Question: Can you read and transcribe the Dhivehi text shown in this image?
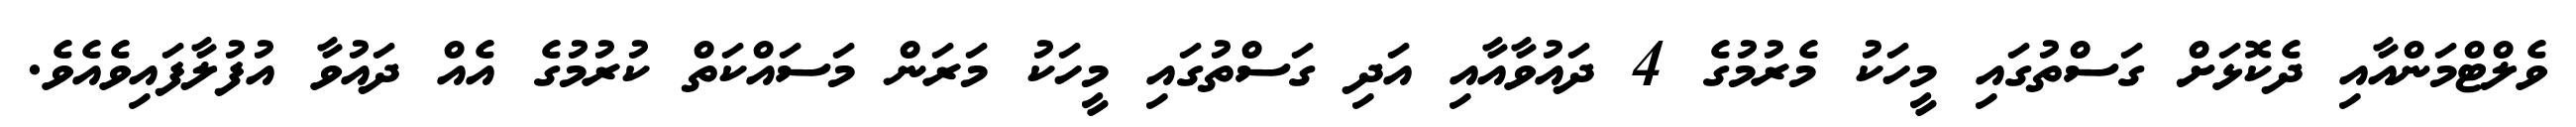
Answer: ވެލްޓްމަންއާއި ދެކޮޅަށް ގަސްތުގައި މީހަކު މެރުމުގެ 4 ދައުވާއާއި އަދި ގަސްތުގައި މީހަކު މަރަން މަސައްކަތް ކުރުމުގެ އެއް ދައުވާ އުފުލާފައިވެއެވެ.